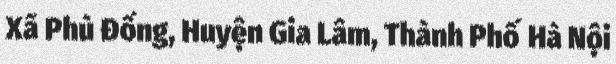
Xã Phù Đổng, Huyện Gia Lâm, Thành Phố Hà Nội